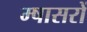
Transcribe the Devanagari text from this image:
म्षासरों